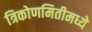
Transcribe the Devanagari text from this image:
त्रिकोणमितीमध्ये